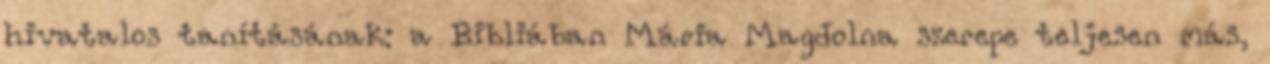
hivatalos tanításának: a Bibliában Mária Magdolna szerepe teljesen más,